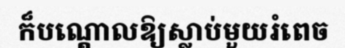
ក៏បណ្តោលឱ្យស្លាប់មួយរំពេច